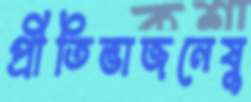
প্রীতিভাজনেষু